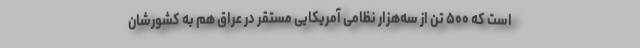
است که ۵۰۰ تن از سه‌هزار نظامی آمریکایی مستقر در عراق هم به کشورشان